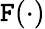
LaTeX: \mathtt{F}(\cdot)